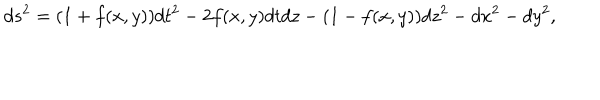
LaTeX: d s ^ { 2 } = ( 1 + f ( x , y ) ) d t ^ { 2 } - 2 f ( x , y ) d t d z - ( 1 - f ( x , y ) ) d z ^ { 2 } - d x ^ { 2 } - d y ^ { 2 } ,